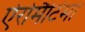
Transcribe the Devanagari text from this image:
ऐरोमैटिमा